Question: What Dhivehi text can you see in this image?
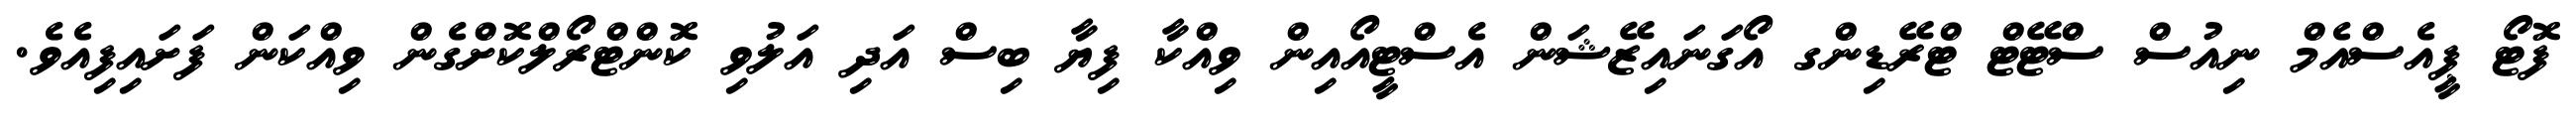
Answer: ފޮޓޯ ޕީއެސްއެމް ނިއުސް ސްޓޭޓް ޓްރޭޑިންގ އޯގަނައިޒޭޝަން އެސްޓީއޯއިން ވިއްކާ ފިޔާ ބިސް އަދި އަލުވި ކޮންޓްރޯލްކޮށްގެން ވިއްކަން ފަށައިފިއެވެ.